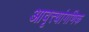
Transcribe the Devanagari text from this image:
आवृत्त्यांगणिक